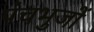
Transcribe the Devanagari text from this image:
पंचभुजों